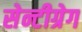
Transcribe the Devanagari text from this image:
सेन्टीग्रेग